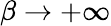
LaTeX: \beta\to+\infty